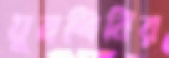
যুবশিবির